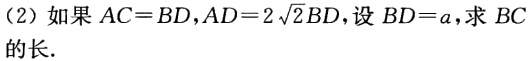
（2）如果\(AC = BD\)，\(AD = 2\sqrt{2}BD\)，设\(BD = a\)，求\(BC\)的长.